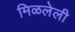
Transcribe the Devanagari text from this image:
मिळलेली